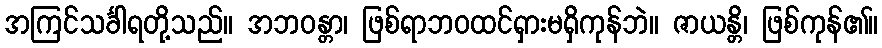
အကြင်သင်္ခါရတို့သည်။ အဘဝန္တာ၊ ဖြစ်ရာဘဝထင်ရှားမရှိကုန်ဘဲ။ ဇာယန္တိ၊ ဖြစ်ကုန်၏။